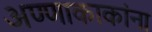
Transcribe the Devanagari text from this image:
अण्णाकाकांना